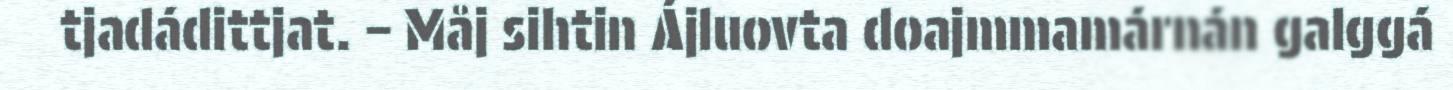
tjadádittjat. – Måj sihtin Ájluovta doajmmamárnán galggá